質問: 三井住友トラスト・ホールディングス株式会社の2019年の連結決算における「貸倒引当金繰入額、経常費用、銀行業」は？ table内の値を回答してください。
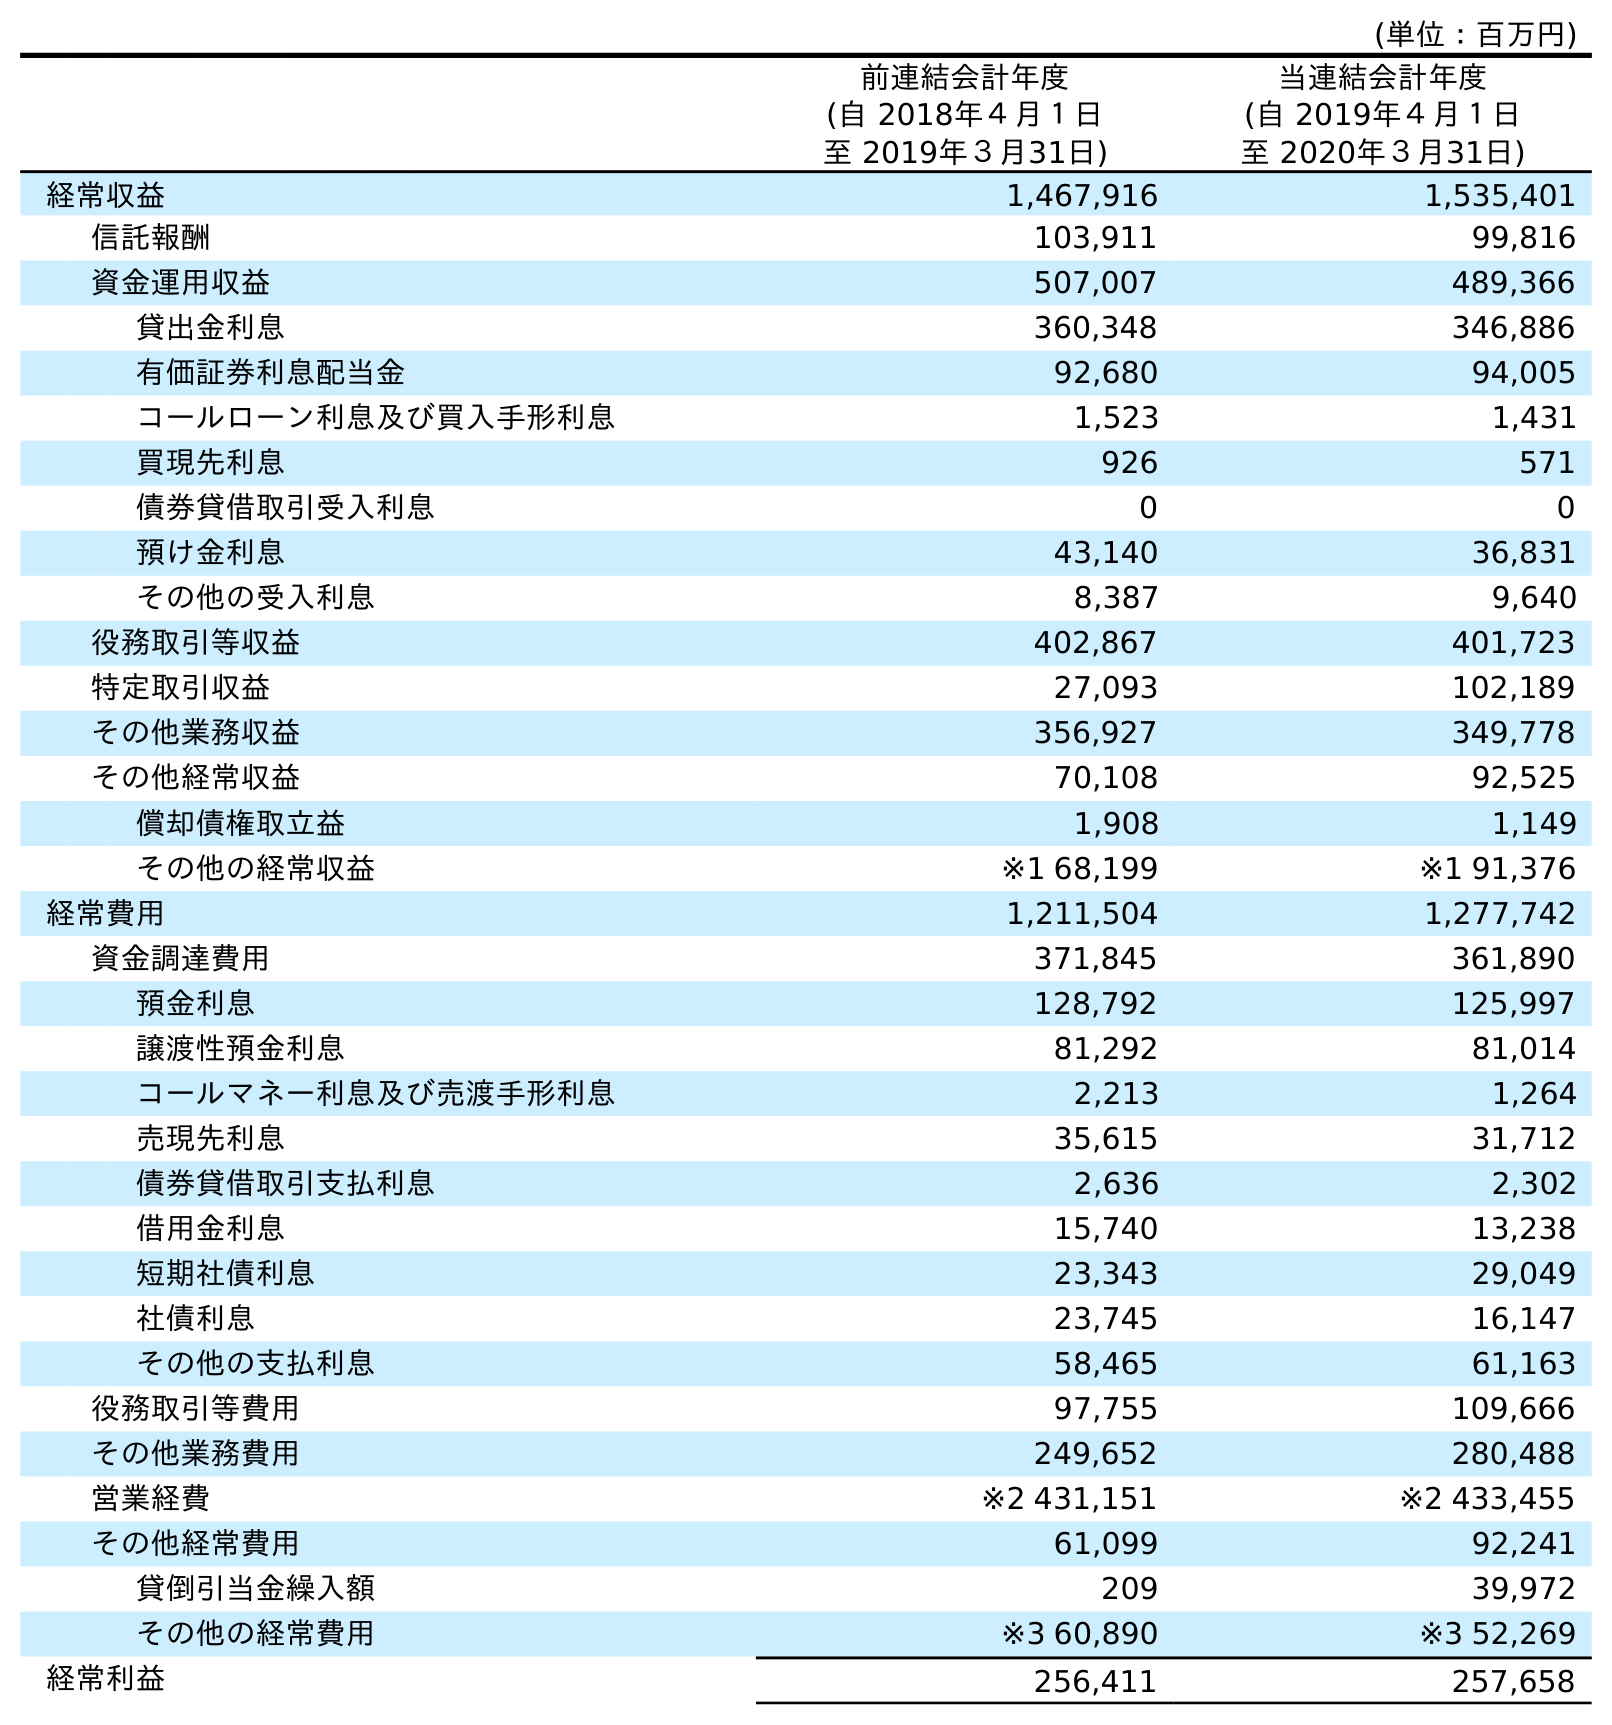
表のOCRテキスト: (単位：百万円) 前連結会計年度 (自 2018年４月１日 至 2019年３月31日) 当連結会計年度 (自 2019年４月１日 至 2020年３月31日) 経常収益 1,467,916 1,535,401 信託報酬 103,911 99,816 資金運用収益 507,007 489,366 貸出金利息 360,348 346,886 有価証券利息配当金 92,680 94,005 コールローン利息及び買入手形利息 1,523 1,431 買現先利息 926 571 債券貸借取引受入利息 0 0 預け金利息 43,140 36,831 その他の受入利息 8,387 9,640 役務取引等収益 402,867 401,723 特定取引収益 27,093 102,189 その他業務収益 356,927 349,778 その他経常収益 70,108 92,525 償却債権取立益 1,908 1,149 その他の経常収益 ※1 68,199 ※1 91,376 経常費用 1,211,504 1,277,742 資金調達費用 371,845 361,890 預金利息 128,792 125,997 譲渡性預金利息 81,292 81,014 コールマネー利息及び売渡手形利息 2,213 1,264 売現先利息 35,615 31,712 債券貸借取引支払利息 2,636 2,302 借用金利息 15,740 13,238 短期社債利息 23,343 29,049 社債利息 23,745 16,147 その他の支払利息 58,465 61,163 役務取引等費用 97,755 109,666 その他業務費用 249,652 280,488 営業経費 ※2 431,151 ※2 433,455 その他経常費用 61,099 92,241 貸倒引当金繰入額 209 39,972 その他の経常費用 ※3 60,890 ※3 52,269 経常利益 256,411 257,658
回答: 209